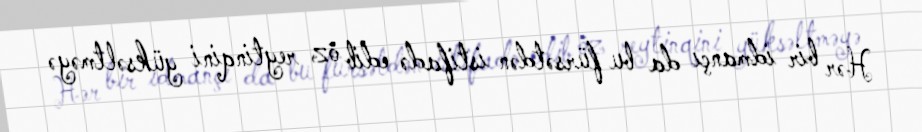
Hər bir idmançı da bu fürsətdən istifadə edib öz reytinqini yüksəltməyə